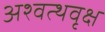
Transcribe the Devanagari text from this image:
अश्वत्थवृक्ष